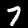
Digit: 7